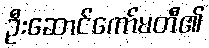
ဦးဆောင်ကော်မတီ၏